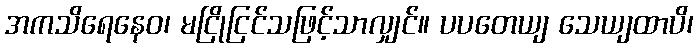
အကသိရေနေဝ၊ မငြိုငြင်သဖြင့်သာလျှင်။ ပပတေယျ သေယျထာပိ၊